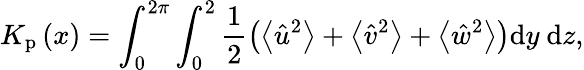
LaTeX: K_{\mathrm{p}}\left(x\right)=\int_{0}^{2\pi}\int_{0}^{2}\frac{1}{2}\left(\left\langle\hat{u}^{2}\right\rangle+\left\langle\hat{v}^{2}\right\rangle+\left\langle\hat{w}^{2}\right\rangle\right)\mathrm{d}y\mathrm{~d}z,